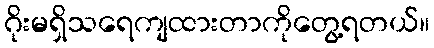
ဂိုးမရှိသရေကျထားတာကိုတွေ့ရတယ်။